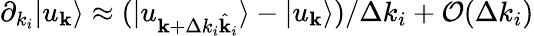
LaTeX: \partial_{k_{i}}|u_{\mathbf{k}}\rangle\approx(|u_{\mathbf{k}+\Delta k_{i}\hat{\mathbf{k}}_{i}}\rangle-|u_{\mathbf{k}}\rangle)/\Delta k_{i}+\mathcal{O}(\Delta k_{i})